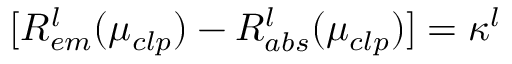
[ R _ { e m } ^ { l } ( \mu _ { c l p } ) - R _ { a b s } ^ { l } ( \mu _ { c l p } ) ] = \kappa ^ { l }